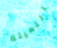
اللعينة